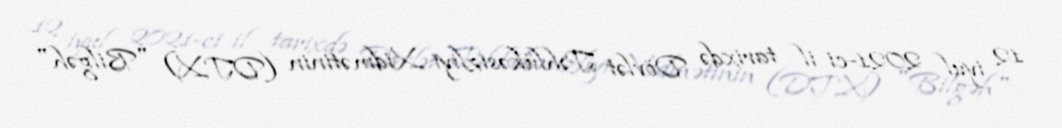
12 iyul 2021-ci il tarixdə Dövlət Təhlükəsizliyi Xidmətinin (DTX) "Bilgəh"